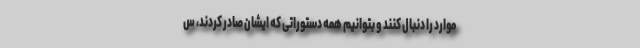
موارد را دنبال کنند و بتوانیم همه دستوراتی که ایشان صادر کردند، س